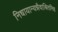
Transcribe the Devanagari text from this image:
निधायान्यन्नैवाश्रितमिह